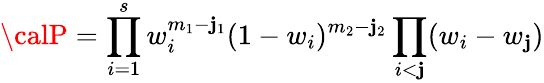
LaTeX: {\calP}=\prod_{i=1}^{s}w_{i}^{m_{1}-\mathbf{j}_{1}}(1-w_{i})^{m_{2}-\mathbf{j}_{2}}\prod_{i<\mathbf{j}}(w_{i}-w_{\mathbf{j}})